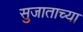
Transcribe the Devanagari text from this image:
सुजाताच्या